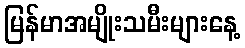
မြန်မာအမျိုးသမီးများနေ့